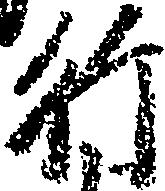
行